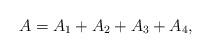
LaTeX: \begin{align*}A=A_1+A_2+A_3+A_4,\end{align*}